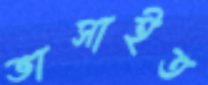
ভাসাইত